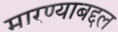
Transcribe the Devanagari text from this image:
मारण्याबद्दल